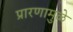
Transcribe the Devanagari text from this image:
प्रारणामुळे